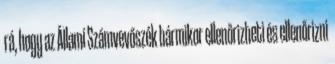
rá, hogy az Állami Számvevőszék bármikor ellenőrizheti és ellenőrizni